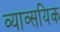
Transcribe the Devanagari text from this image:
व्याव्सयिक